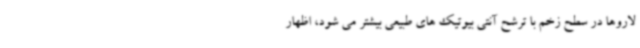
لاروها در سطح زخم با ترشح آنتی بیوتیک های طبیعی بیشتر می شود، اظهار